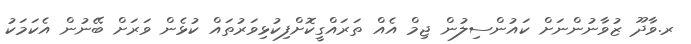
ރ.ވާދޫ ޒުވާނުންނަށް ކައުންސިލުން ޖިމް އެއް ތަރައްގީކޮށްފިކުޅިވަރުތައް ކުޅެން ވަރަށް ބޭނުން އެކަމަކު